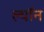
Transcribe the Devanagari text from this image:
ल्याॅन